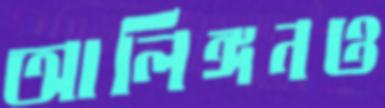
আলিঙ্গনও